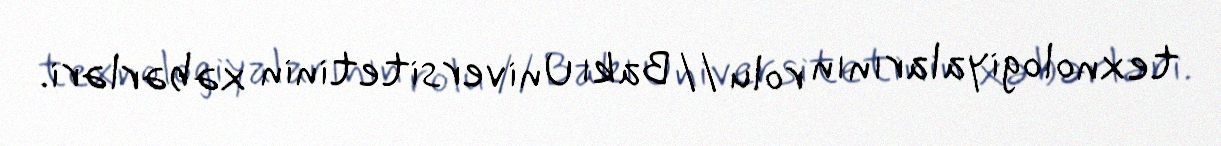
texnologiyalarının rolu // Bakı Universitetinin xəbərləri.